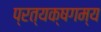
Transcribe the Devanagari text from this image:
प्रत्यक्षगम्य